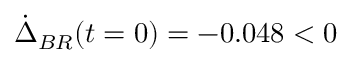
\dot { \Delta } _ { B R } ( t = 0 ) = - 0 . 0 4 8 < 0